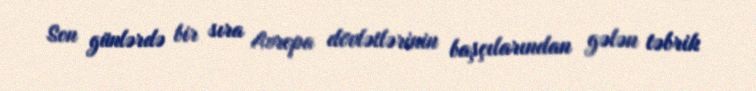
Son günlərdə bir sıra Avropa dövlətlərinin başçılarından gələn təbrik